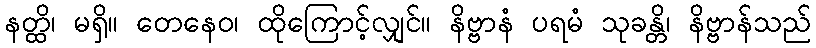
နတ္ထိ၊ မရှိ။ တေနေဝ၊ ထိုကြောင့်လျှင်။ နိဗ္ဗာနံ ပရမံ သုခန္တိ၊ နိဗ္ဗာန်သည်